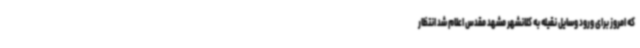
که امروز برای ورود وسایل نقیله به کلانشهر مشهد مقدس اعلام شد انتظار